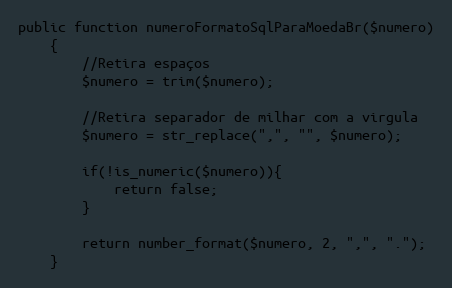
Language: PHP
public function numeroFormatoSqlParaMoedaBr($numero)
    {
        //Retira espaços
        $numero = trim($numero);

        //Retira separador de milhar com a virgula
        $numero = str_replace(",", "", $numero);

        if(!is_numeric($numero)){
            return false;
        }

        return number_format($numero, 2, ",", ".");
    }